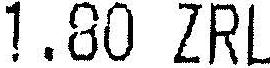
1.80 ZRL